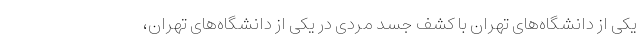
یکی از دانشگاه‌های تهران با کشف جسد مردی در یکی از دانشگاه‌های تهران،